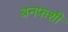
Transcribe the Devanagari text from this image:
बनफशी